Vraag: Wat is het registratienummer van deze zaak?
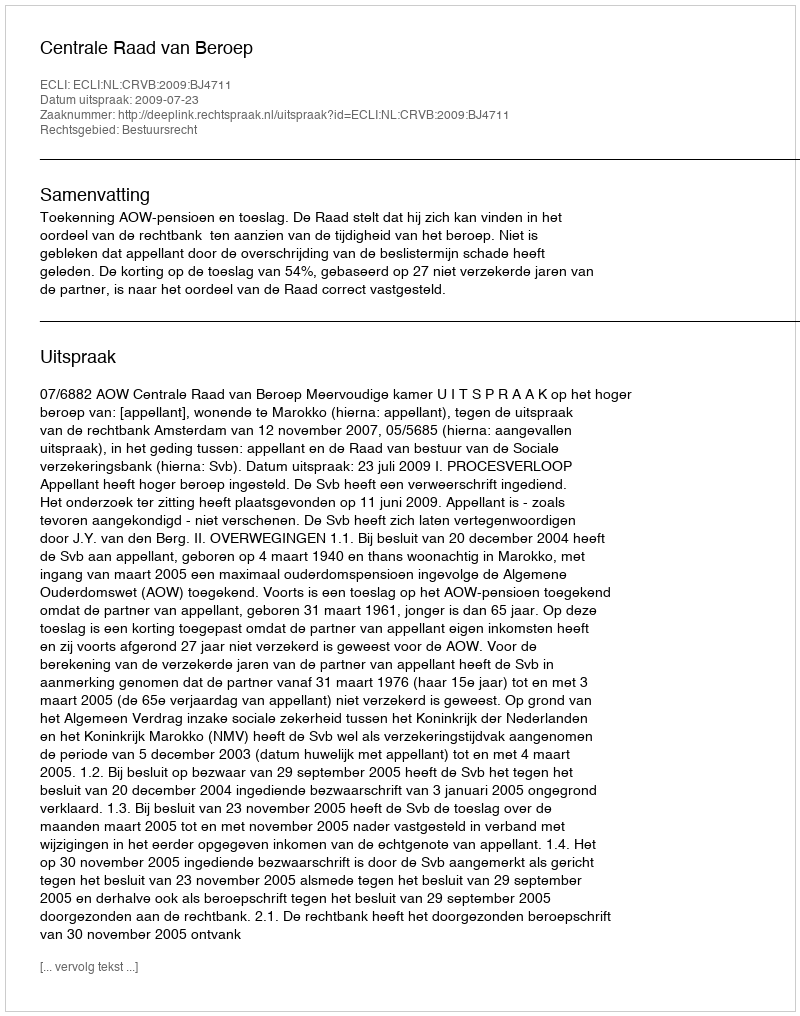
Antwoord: http://deeplink.rechtspraak.nl/uitspraak?id=ECLI:NL:CRVB:2009:BJ4711